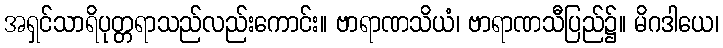
အရှင်သာရိပုတ္တရာသည်လည်းကောင်း။ ဗာရာဏသိယံ၊ ဗာရာဏသီပြည်၌။ မိဂဒါယေ၊